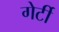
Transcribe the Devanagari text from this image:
गेर्टी